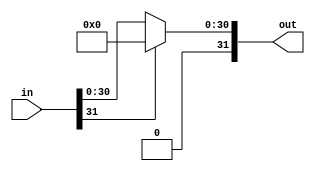
module activate # (
			parameter DATA_WIDTH = 32 // 9 for integer
			// parameter ALPHA = 0
			)
		(in,out);
	input [DATA_WIDTH -1 :0] in;
	output [DATA_WIDTH -1 :0] out;

	assign out = (in[DATA_WIDTH -1]) ? 32'b0: in; // in < 0, out = alpha, in > 0, out = in
	

endmodule